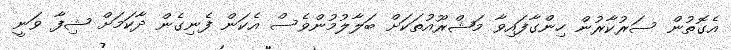
އެގޮތުން ސަރުކާރުން ހިންގާފައިވާ މަޝްރޫއުތަކަށް ބަލާލުމުންވެސް އެކަން ފެނިގެން ދާކަމަށް ޝިފާ ވަނީ